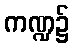
ကဏ္ဍ၌